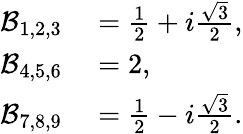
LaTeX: \begin{array}{rl}{\mathcal{B}_{1,2,3}}&{{}=\frac{1}{2}+i\frac{\sqrt{3}}{2},}\\ {\mathcal{B}_{4,5,6}}&{{}=2,}\\ {\mathcal{B}_{7,8,9}}&{{}=\frac{1}{2}-i\frac{\sqrt{3}}{2}.}\end{array}